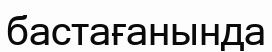
бастағанында